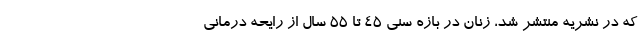
که در نشریه منتشر شد، زنان در بازه سنی 45 تا 55 سال از رایحه درمانی